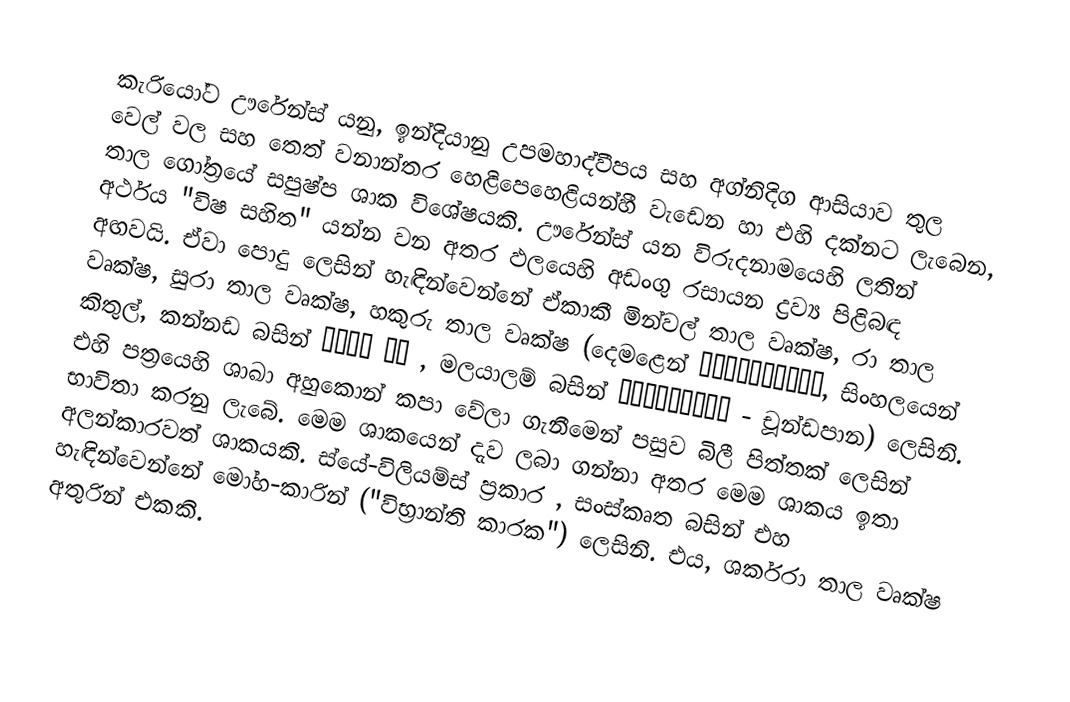
කැරියෝට ඌරේන්ස් යනු,  ඉන්දියානු උපමහාද්වීපය සහ  අග්නිදිග ආසියාව තුල වෙල් වල සහ තෙත් වනාන්තර හෙළිපෙහෙළියන්හී වැඩෙන හා එහි දක්නට ලැබෙන, තාල ගෝත්‍රයේ  සපුෂ්ප ශාක විශේෂයකි. ඌරේන්ස් යන විරුදනාමයෙහි ලතින් අර්ථය  "විෂ සහිත" යන්න වන අතර ඵලයෙහි අඩංගු රසායන ද්‍රව්‍ය පිළිබඳ අඟවයි. ඒවා පොදු ලෙසින් හැඳින්වෙන්නේ ඒකාකී මින්වල් තාල වෘක්ෂ, රා තාල වෘක්ෂ, සුරා තාල වෘක්ෂ, හකුරු තාල වෘක්ෂ (දෙමළෙන් கூந்தற்பனை, සිංහලයෙන් කිතුල්, කන්නඩ බසින් ಬೈನೆ ಮರ ,  මලයාලම් බසින් ചൂണ്ടപ്പന - චූන්ඩපාන) ලෙසිනි. එහි පත්‍රයෙහි ශාඛා අහුකොන් කපා වේලා ගැනීමෙන් පසුව බිලී පිත්තක් ලෙසින් භාවිතා කරනු ලැබේ. මෙම ශාකයෙන් දැව ලබා ගන්නා අතර මෙම ශාකය ඉතා අලන්කාරවත් ශාකයකි. ස්යේ-විලියම්ස් ප්‍රකාර ,  සංස්කෘත බසින් එහ හැඳින්වෙන්නේ මෝහ-කාරින් ("විභ්‍රාන්ති කාරක") ලෙසිනි. එය, ශර්කරා තාල වෘක්ෂ අතුරින් එකකි.